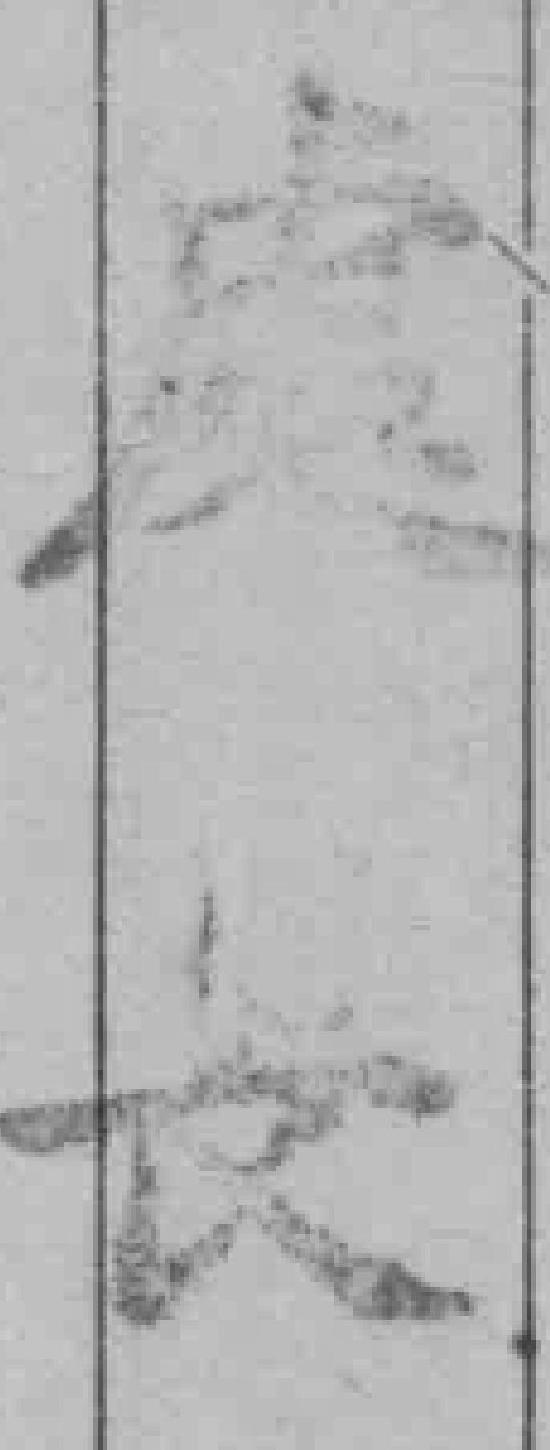
*